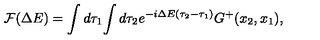
{ \cal F } ( \Delta E ) = \int d \tau _ { 1 } \! \int d \tau _ { 2 } e ^ { - i \Delta E ( \tau _ { 2 } - \tau _ { 1 } ) } G ^ { + } ( x _ { 2 } , x _ { 1 } ) ,